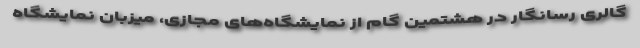
گالری رسانگار در هشتمین گام از نمایشگاه‌های مجازی، میزبان نمایشگاه